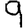
Digit: 9